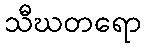
သီဃတရော